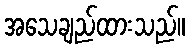
အသေချည်ထားသည်။